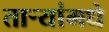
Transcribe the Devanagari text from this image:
तार्‍यांमधे